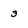
Character: 3